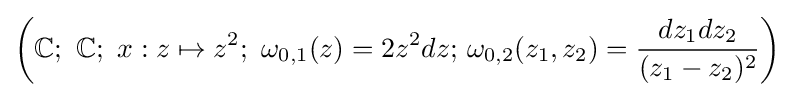
\left(\mathbb {C} ;\ \mathbb {C} ;\ x:z\mapsto z^{2};\ \omega _{0,1}(z)=2z^{2}dz;\,\omega _{0,2}(z_{1},z_{2})={\frac {dz_{1}dz_{2}}{(z_{1}-z_{2})^{2}}}\right)